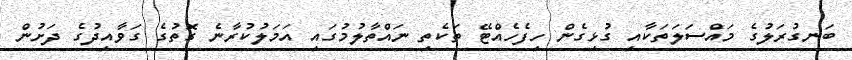
ބަނގުރަލުގެ މައްސަލަތަކާއި ގުޅިގެން ހިފެހެއްޓޭ ތަކެތި ނައްތާލުމުގައި އަމަލުކުރާނެ ގޮތުގެ ގަވާއިދުގެ ދަށުން